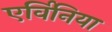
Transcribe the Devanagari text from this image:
एर्विनिया